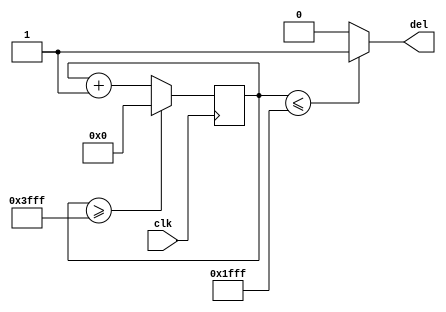
module delay (input clk, output del);
	reg [13:0] c = 14'b11111111111111;
	always@(posedge clk) begin
		if (c>=16383)	c <= 0;
		else				c <= c + 1;
	end
	assign del = (c <= (16384/2)-1) ? 1'b1:1'b0;
endmodule